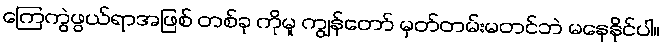
ကြေကွဲဖွယ်ရာအဖြစ် တစ်ခု ကိုမူ ကျွန်တော် မှတ်တမ်းမတင်ဘဲ မနေနိုင်ပါ။